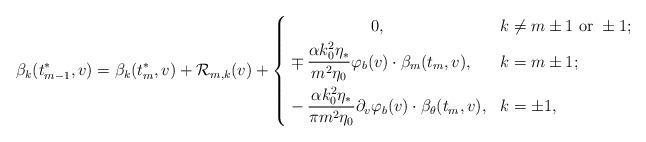
LaTeX: \begin{align*}\beta_k(t_{m-1}^*,v)=\beta_{k}(t_{m}^*,v)+\mathcal{R}_{m,k}(v)+\left\{ \begin{aligned}&\qquad\qquad\quad\,0,&k&\neq m\pm 1\textnormal{ or }\pm 1;\\ &\mp\frac{\alpha k_0^2\eta_*}{m^2\eta_0}\varphi_b(v)\cdot\beta_m(t_{m},v),&k&=m\pm 1;\\ &-\frac{\alpha k_0^2\eta_*}{\pi m^2\eta_0}\partial_v\varphi_b(v)\cdot \beta_{\theta}(t_{m},v),&k&=\pm 1, \end{aligned} \right. \end{align*}